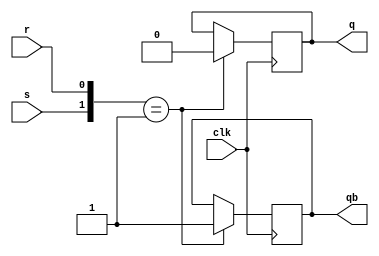
module SRFF(s,r,clk,q,qb);
output q,qb;
input s,r,clk;
reg q,qb;

initial
begin
	q = 1;
	qb = 0;
end

always @(posedge clk)
begin
	case({s,r})
		{0,0}:
		      begin
				    q=q;
					 qb=qb;
				end
		{0,1}:
		      begin
				    q=0;
					 qb=1;
				end
	   {1,0}:
		      begin
				    q=1;
					 qb=0;
				end
		{1,1}:
		      begin
				    q=1'bx;
					 qb=1'bx;
				end		
	endcase
end
endmodule